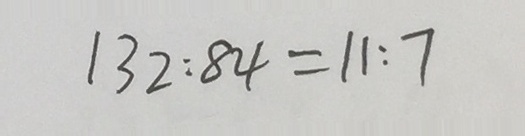
1 3 2 : 8 4 = 1 1 : 7